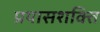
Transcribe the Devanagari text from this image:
प्रयासशक्ति